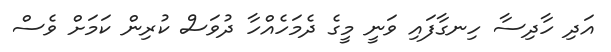
އަދި ހާދިސާ ހިނގާފައި ވަނީ މީގެ ދެމަހެއްހާ ދުވަސް ކުރިން ކަމަށް ވެސް